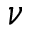
\nu